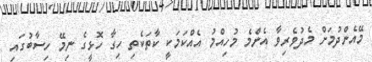
މޭއެންދުމަށް މެދުވެރިވާ އެންމެ މުހިއްމު އެއްކަމަކީ ކާތަކެތި ހިގާ ހޮޅީގެ ނިމޭ ހިސާބުގައި